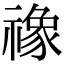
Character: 𮂚